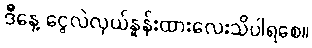
ဒီနေ့ ငွေလဲလှယ်နှုန်းထားလေးသိပါရစေ။